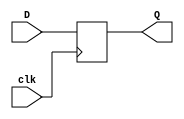
// D Fliflop
// Created by Nitheesh Kumar - Aug 03 2020

module d_flipflop ( 
	input D,clk,
	output reg Q);


always @(posedge clk) begin

Q <= D;

end

endmodule